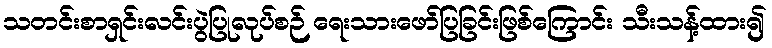
သတင်းစာရှင်းလင်းပွဲပြုလုပ်စဉ် ရေးသားဖော်ပြခြင်းဖြစ်ကြောင်း သီးသန့်ထား၍